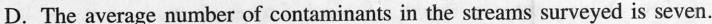
D. The average number of contaminants in the streams surveyed is seven